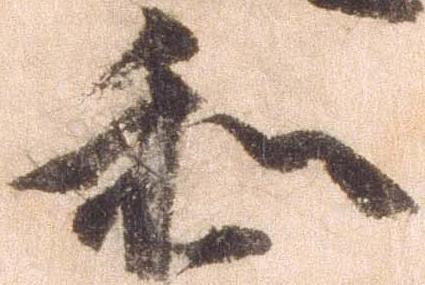
和